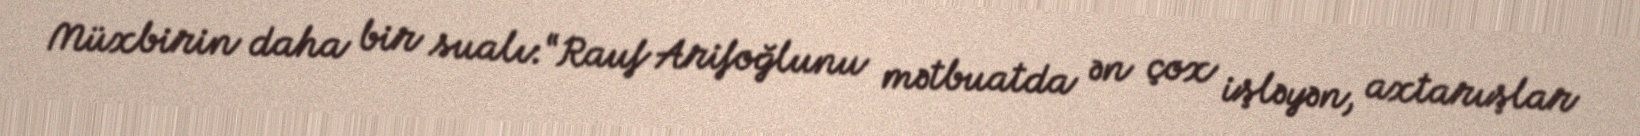
Müxbirin daha bir sualı:“Rauf Arifoğlunu mətbuatda ən çox işləyən, axtarışlar